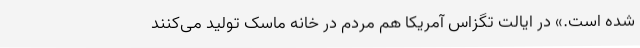
شده است.» در ایالت تگزاس آمریکا هم مردم در خانه ماسک تولید می‌کنند